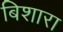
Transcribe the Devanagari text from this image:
बिशारा